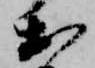
お